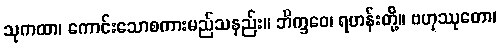
သုကထာ၊ ကောင်းသောစကားမည်သနည်း။ ဘိက္ခဝေ၊ ရဟန်းတို့။ ဗဟုဿုတော၊